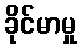
ခိုင်မာမှု